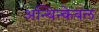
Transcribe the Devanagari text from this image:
अन्थिन्केबल